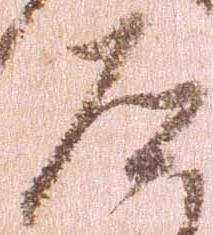
道